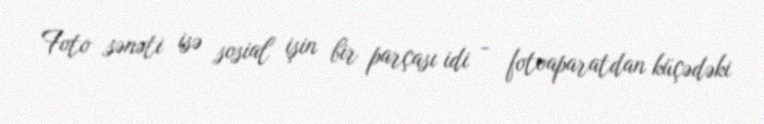
Foto sənəti isə sosial işin bir parçası idi - fotoaparatdan küçədəki